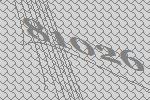
81026